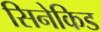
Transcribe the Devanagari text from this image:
सिनेकिड